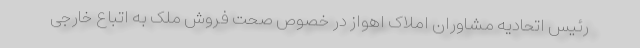
رئیس اتحادیه مشاوران املاک اهواز در خصوص صحت فروش ملک به اتباع خارجی